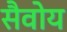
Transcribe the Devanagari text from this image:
सैवोय